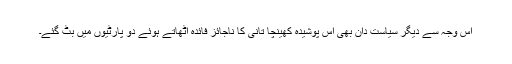
اس وجہ سے دیگر سیاست دان بھی اس پوشیدہ کھینچا تانی کا ناجائز فائدہ اٹھاتے ہوئے دو پارٹیوں میں بٹ گئے۔